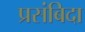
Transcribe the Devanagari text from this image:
प्रसंबिदा